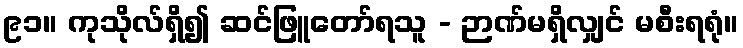
၉၁။ ကုသိုလ်ရှိ၍ ဆင်ဖြူတော်ရသူ - ဉာဏ်မရှိလျှင် မစီးရရုံ။